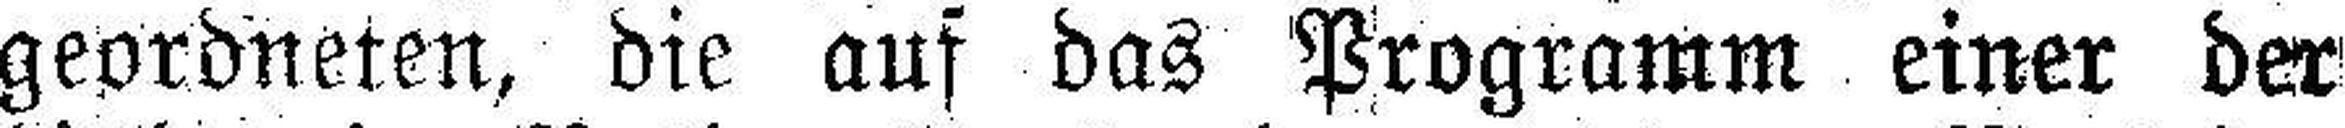
geordneten, die auf das Programm einer der